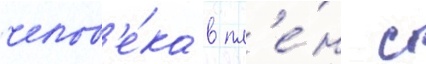
челов'е́ка в пл'е́н с